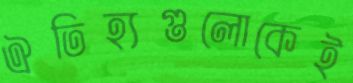
ঐতিহ্যগুলোকেই